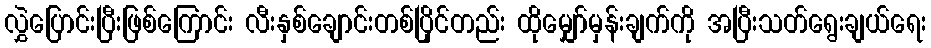
လွှဲပြောင်းပြီးဖြစ်ကြောင်း လီးနှစ်ချောင်းတစ်ပြိုင်တည်း ထိုမျှော်မှန်းချက်ကို အပြီးသတ်ရွေးချယ်ရေး